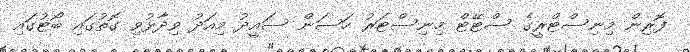
ފޮރިން މިނިސްޓްރީގެ ސްޓޭޓް މިނިސްޓަރު ހަސަން ސައީދު މިއަދު ވިދާޅުވި ގޮތުގައި ބޯޓުގައި